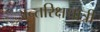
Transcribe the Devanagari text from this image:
अन्तरिक्षयात्री